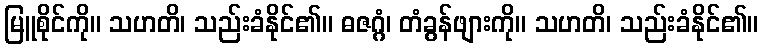
မြူစိုင်ကို။ သဟတိ၊ သည်းခံနိုင်၏။ ဓဇဂ္ဂံ၊ တံခွန်ဖျားကို။ သဟတိ၊ သည်းခံနိုင်၏။